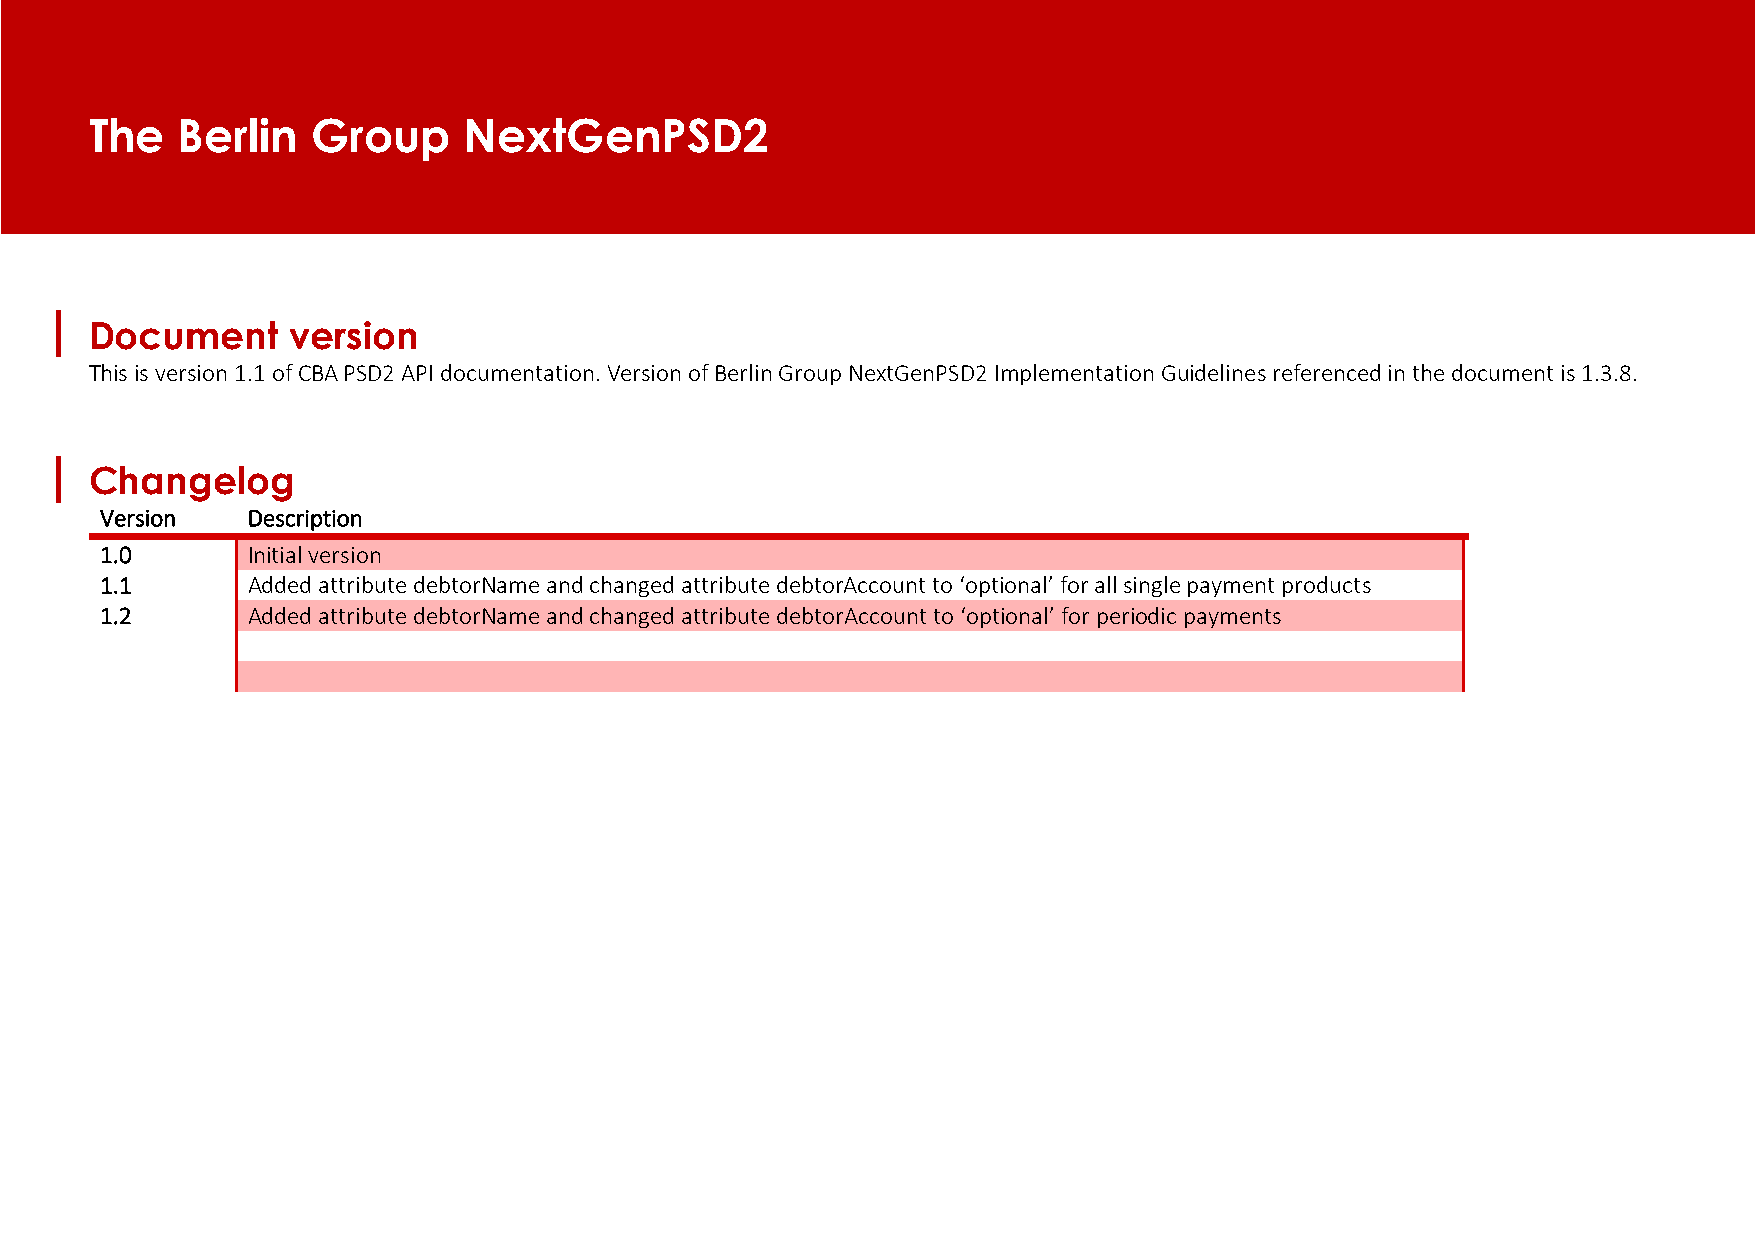
The   Berlin   Group     NextGenPSD2
 Document     version
 This is version 1.1 of CBA PSD2 API documentation. Version of Berlin Group NextGenPSD2 Implementation Guidelines referenced in the document is 1.3.8.
 Changelog
 Version  Description
 1.0      Initial version
 1.1      Added attribute debtorName and changed attribute debtorAccount to ‘optional’ for all single payment products
 1.2      Added attribute debtorName and changed attribute debtorAccount to ‘optional’ for periodic payments